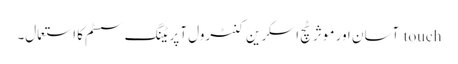
touch آسان اور موثر ٹچ اسکرین کنٹرول آپریٹنگ سسٹم کا استعمال۔